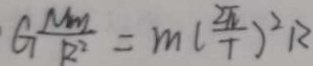
G \frac { M m } { R ^ { 2 } } = m ( \frac { 2 \pi } { T } ) ^ { 2 } R